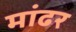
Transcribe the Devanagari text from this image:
मांढर